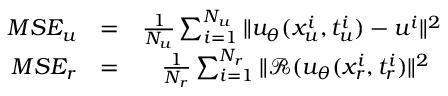
\begin{array} { r l r } { M S E _ { u } } & { = } & { \frac { 1 } { N _ { u } } \sum _ { i = 1 } ^ { N _ { u } } \| u _ { \boldsymbol { \theta } } ( x _ { u } ^ { i } , t _ { u } ^ { i } ) - u ^ { i } \| ^ { 2 } } \\ { M S E _ { r } } & { = } & { \frac { 1 } { N _ { r } } \sum _ { i = 1 } ^ { N _ { r } } \| \mathcal { R } ( u _ { \boldsymbol { \theta } } ( x _ { r } ^ { i } , t _ { r } ^ { i } ) \| ^ { 2 } \, \, \, } \end{array}